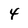
Character: 4